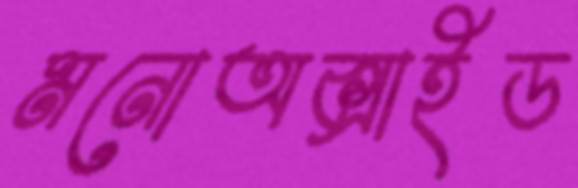
মনোঅক্সাইড